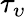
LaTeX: \tau_{\upsilon}